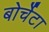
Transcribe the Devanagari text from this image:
बोर्चेटा